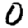
Digit: 0